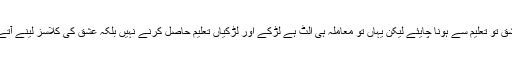
یہ عشق تو تعلیم سے ہونا چایئے لیکن یہاں تو معاملہ ہی الٹ ہے لڑکے اور لڑکیاں تعلیم حاصل کرنے نہیں بلکہ عشق کی کلاسز لینے آتے ہیں۔